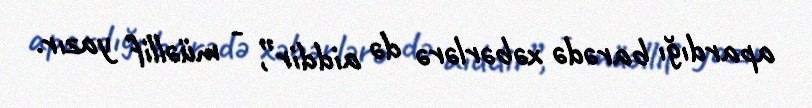
apardığı barədə xəbərlərə də aiddir”, - müəllif yazır.